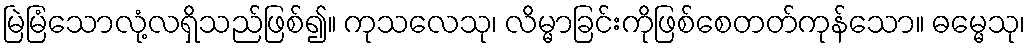
မြဲမြံသောလုံ့လရှိသည်ဖြစ်၍။ ကုသလေသု၊ လိမ္မာခြင်းကိုဖြစ်စေတတ်ကုန်သော။ ဓမ္မေသု၊